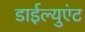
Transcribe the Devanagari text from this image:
डाईल्युएंट